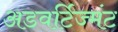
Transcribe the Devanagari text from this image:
अडवर्टिज्मंट